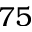
7 5